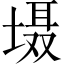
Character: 𱗝